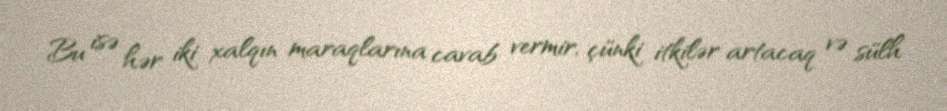
Bu isə hər iki xalqın maraqlarına cavab vermir, çünki itkilər artacaq və sülh